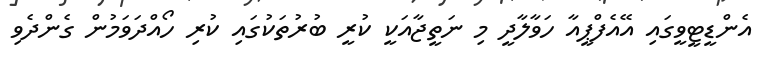
އެންޑީޓީވީގައި އޭއެފްޕީއާ ހަވާލާދީ މި ނަތީޖާއަކީ ކުރީ ބުރުތަކުގައި ކުރި ހޯއްދަވަމުން ގެންދެވި